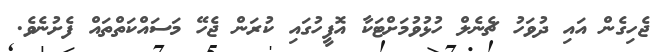
ޖެހިގެން އައި ދުވަހު ޗެނެލް ހުޅުވުމަށްޓަކާ އޮފީހުގައި ކުރަން ޖެހޭ މަސައްކަތްތައް ފެށުނެވެ.